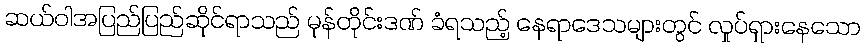
ဆယ်ဝါအပြည်ပြည်ဆိုင်ရာသည် မုန်တိုင်းဒဏ် ခံရသည့် နေရာဒေသများတွင် လှုပ်ရှားနေသော